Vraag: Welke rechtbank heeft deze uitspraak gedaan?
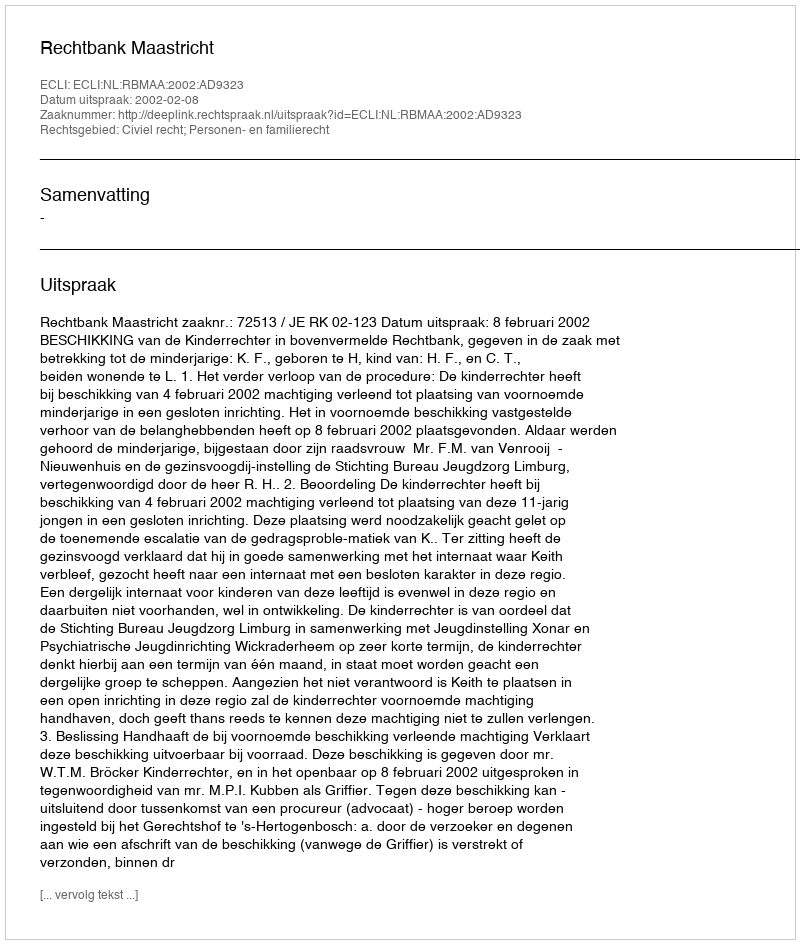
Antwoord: Rechtbank Maastricht